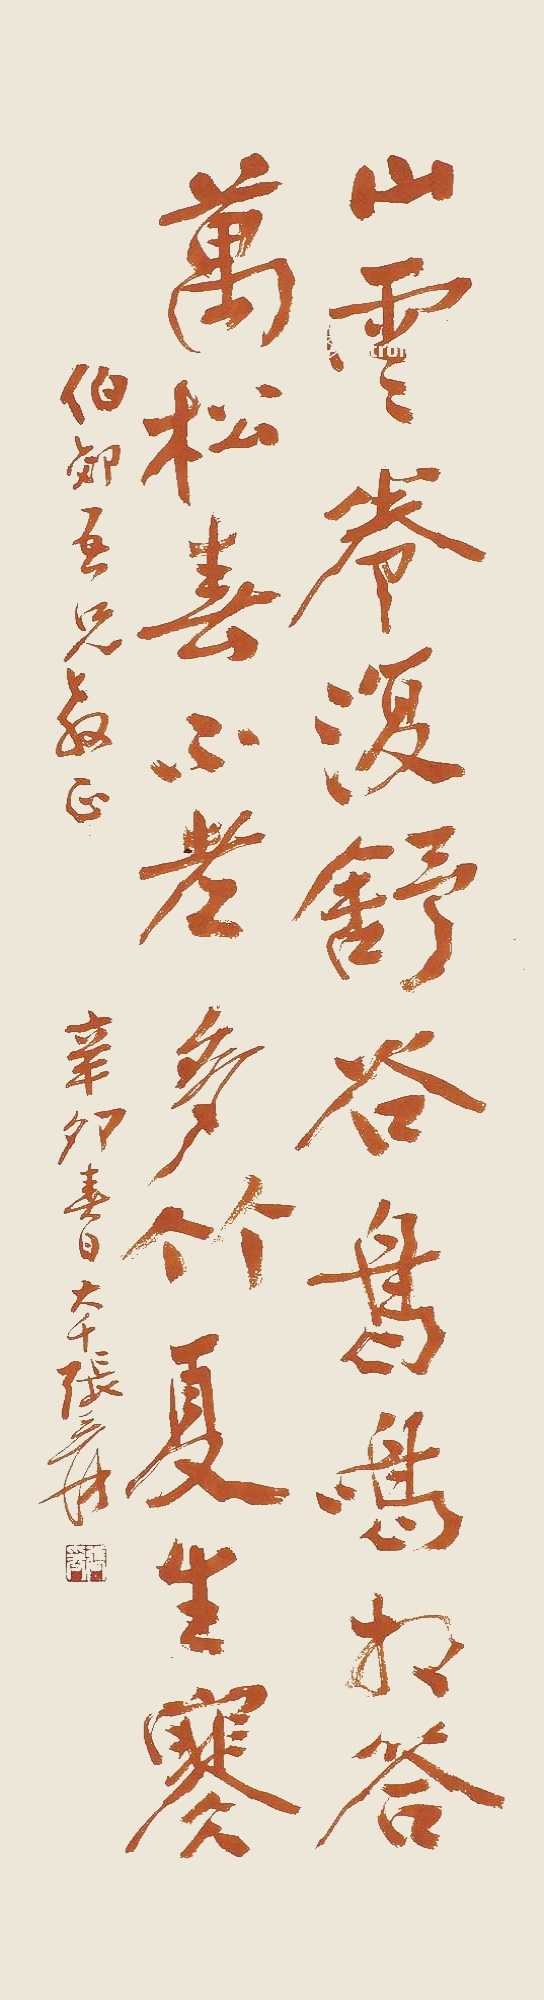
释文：山云卷复舒，谷鸟鸣相答。万松春不老，多竹夏生寒。伯郊吾兄教正，辛卯春日，大千张爰。